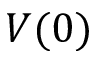
V ( 0 )